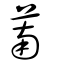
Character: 萳